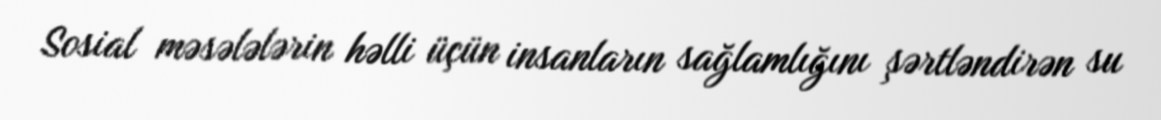
Sosial məsələlərin həlli üçün insanların sağlamlığını şərtləndirən su